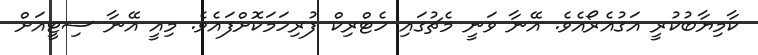
ކާމިޔާބުކުރީ އަގުއެރޯއެވެ. އޭނާ ވަނީ މެޗުގައި ހެޓްރިކް ފުރިހަމަކޮށްފައެވެ. މިއީ އޭނާ ސިޓީއަށް